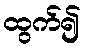
ထွက်၍